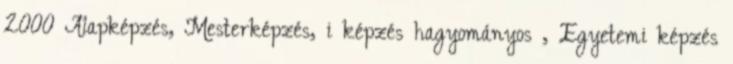
2000 Alapképzés, Mesterképzés, i képzés hagyományos , Egyetemi képzés